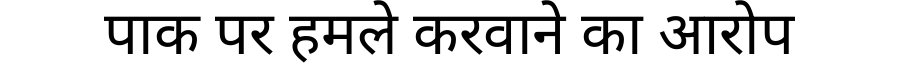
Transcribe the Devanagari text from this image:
पाक पर हमले करवाने का आरोप